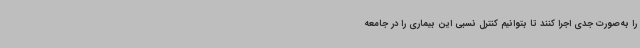
را به‌صورت جدی اجرا کنند تا بتوانیم کنترل نسبی این بیماری را در جامعه